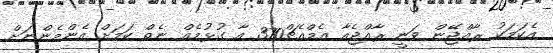
އެކަމަކު ރާއްޖޭން ވަނީ ރާއްޖެއާ އެމްއެޗް370 އާ ގުޅުމެއް ނެތް ކަމަށް އެންމެންނަށް